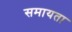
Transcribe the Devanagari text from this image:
समायता